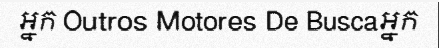
អ្នក Outros Motores De Buscaអ្នក